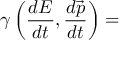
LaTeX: \gamma \left( { \frac { d E } { d t } } , { \frac { d { \vec { p } } } { d t } } \right) =